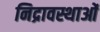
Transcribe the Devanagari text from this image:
निद्रावस्थाओं